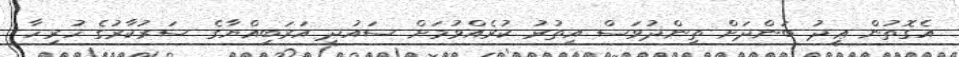
އެގޮތުން ޢީދު ބަންދަށް ތިންދުވަސް އިތުރު ކުރެއްވުމަށް ސައުދީ އަރަބިއްޔާގެ ސަރުކާރުގެ ހުރިހާ